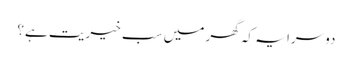
دوسرا یہ کہ گھر میں‌ سب خیریت ہے؟